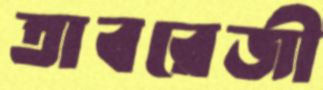
তাবরেজী